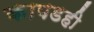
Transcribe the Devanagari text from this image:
कापडही